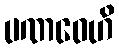
ပဏဝေဟိ